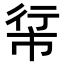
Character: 𪩵